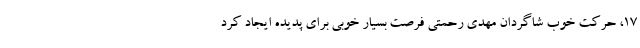
۱۷، حرکت خوب شاگردان مهدی رحمتی فرصت بسیار خوبی برای پدیده ایجاد کرد